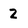
Character: 2